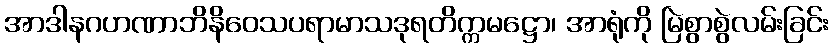
အာဒါနဂဟဏာဘိနိဝေသပရာမာသဒုရတိက္ကမဋ္ဌော၊ အာရုံကို မြဲစွာစွဲလမ်းခြင်း